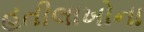
હતીલાખોના